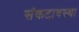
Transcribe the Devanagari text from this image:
संकटावस्था